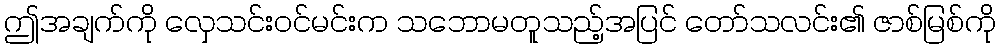
ဤအချက်ကို လှေသင်းဝင်မင်းက သဘောမတူသည့်အပြင် တော်သလင်း၏ ဇာစ်မြစ်ကို